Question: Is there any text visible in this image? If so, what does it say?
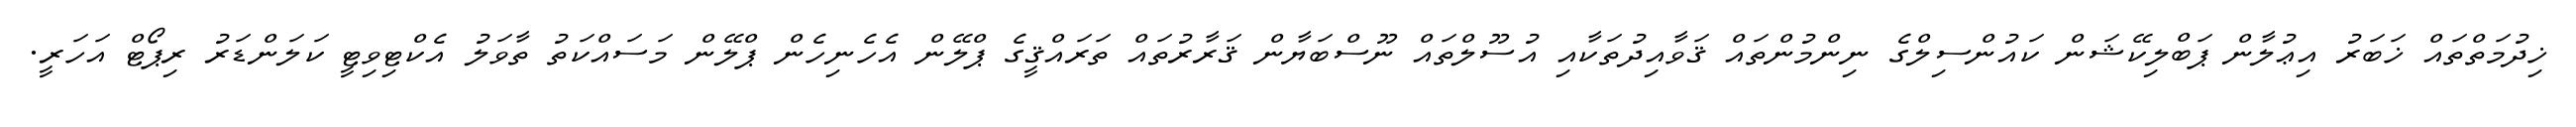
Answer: ޚިދުމަތްތައް ޚަބަރު އިޢުލާން ޕަބްލިކޭޝަން ކައުންސިލްގެ ނިންމުންތައް ޤަވާއިދުތަކާއި އުސޫލްތައް ނޫސްބަޔާން ޤަރާރުތައް ތަރައްޤީގެ ޕްލޭން އެހެނިހެން ޕްލޭން މަސައްކަތު ތާވަލު އެކްޓިވިޓީ ކަލަންޑަރު ރިޕޯޓް އަހަރީ.